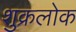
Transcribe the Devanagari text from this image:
शुक्रलोक